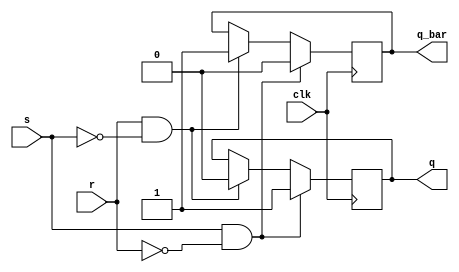
module sr_flipflop (
    input clk,
    input s,
    input r,
    output reg q,
    output reg q_bar
);

always @(posedge clk) begin
    if(s && !r) begin
        q <= 1;
        q_bar <= 0;
    end
    else if(r && !s) begin
        q <= 0;
        q_bar <= 1;
    end
    else begin
        q <= q;
        q_bar <= q_bar;
    end
end

endmodule